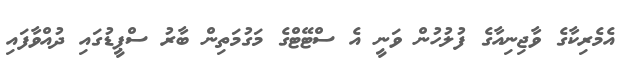
އެމެރިކާގެ ވާޖިނިއާގެ ފުލުހުން ވަނީ އެ ސްޓޭޓްގެ މަގުމަތިން ބާރު ސްޕީޑުގައި ދުއްވާފައި